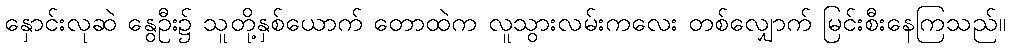
နှောင်းလုဆဲ နွေဦး၌ သူတို့နှစ်ယောက် တောထဲက လူသွားလမ်းကလေး တစ်လျှောက် မြင်းစီးနေကြသည်။